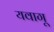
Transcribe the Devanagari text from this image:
यवागू